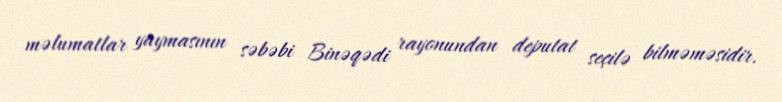
məlumatlar yaymasının səbəbi Binəqədi rayonundan deputat seçilə bilməməsidir.